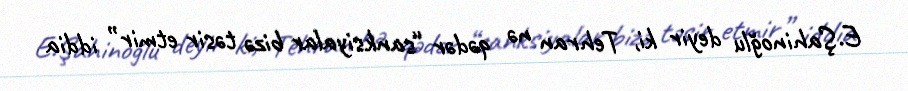
E.Şahinoğlu deyir ki, Tehran nə qədər “sanksiyalar bizə təsir etmir” iddia